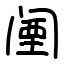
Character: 𬮱